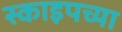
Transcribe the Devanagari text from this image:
स्काइपच्या